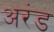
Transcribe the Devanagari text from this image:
अरंड